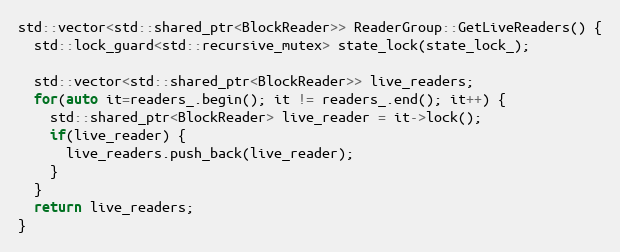
Language: C++
std::vector<std::shared_ptr<BlockReader>> ReaderGroup::GetLiveReaders() {
  std::lock_guard<std::recursive_mutex> state_lock(state_lock_);

  std::vector<std::shared_ptr<BlockReader>> live_readers;
  for(auto it=readers_.begin(); it != readers_.end(); it++) {
    std::shared_ptr<BlockReader> live_reader = it->lock();
    if(live_reader) {
      live_readers.push_back(live_reader);
    }
  }
  return live_readers;
}